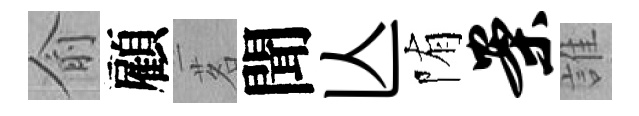
俞顧茗聞亾陏案誰